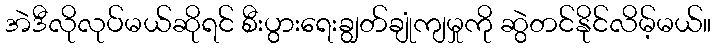
အဲဒီလိုလုပ်မယ်ဆိုရင် စီးပွားရေးချွတ်ချုံကျမှုကို ဆွဲတင်နိုင်လိမ့်မယ်။